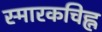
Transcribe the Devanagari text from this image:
स्मारकचिह्न